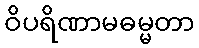
ဝိပရိဏာမဓမ္မတာ